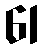
61